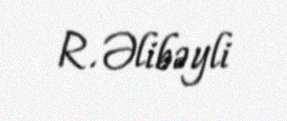
R. Əlibəyli